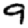
Digit: 9